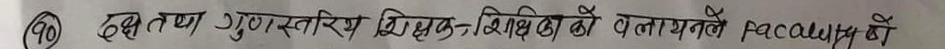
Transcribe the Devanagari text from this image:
90 दक्ष तथा गुणस्तरीय शिक्षक-शिक्षिका को बनायने faculty मै